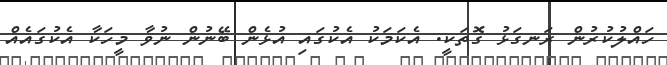
ހައްލުކުރުން ރަނގަޅު ގޮތަކީ. އެކަމަކު އެކުގައި އުޅެން ބޭނުން ނުވާ މީހަކާ އެކުގައެއް